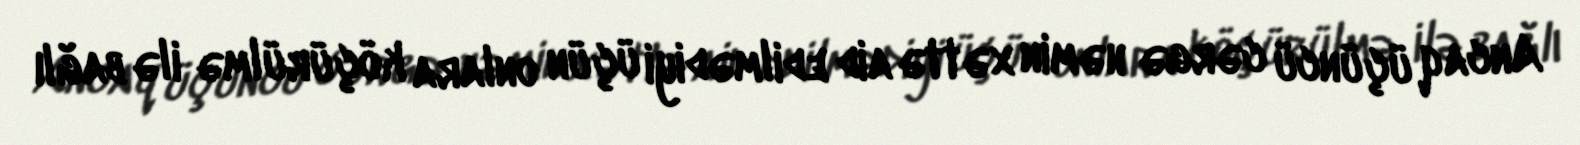
Ancaq üçüncü cərgə həmin xəttə aid edilmədiyi üçün onlara köçürülmə ilə bağlı